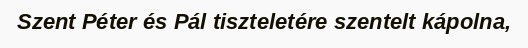
Szent Péter és Pál tiszteletére szentelt kápolna,